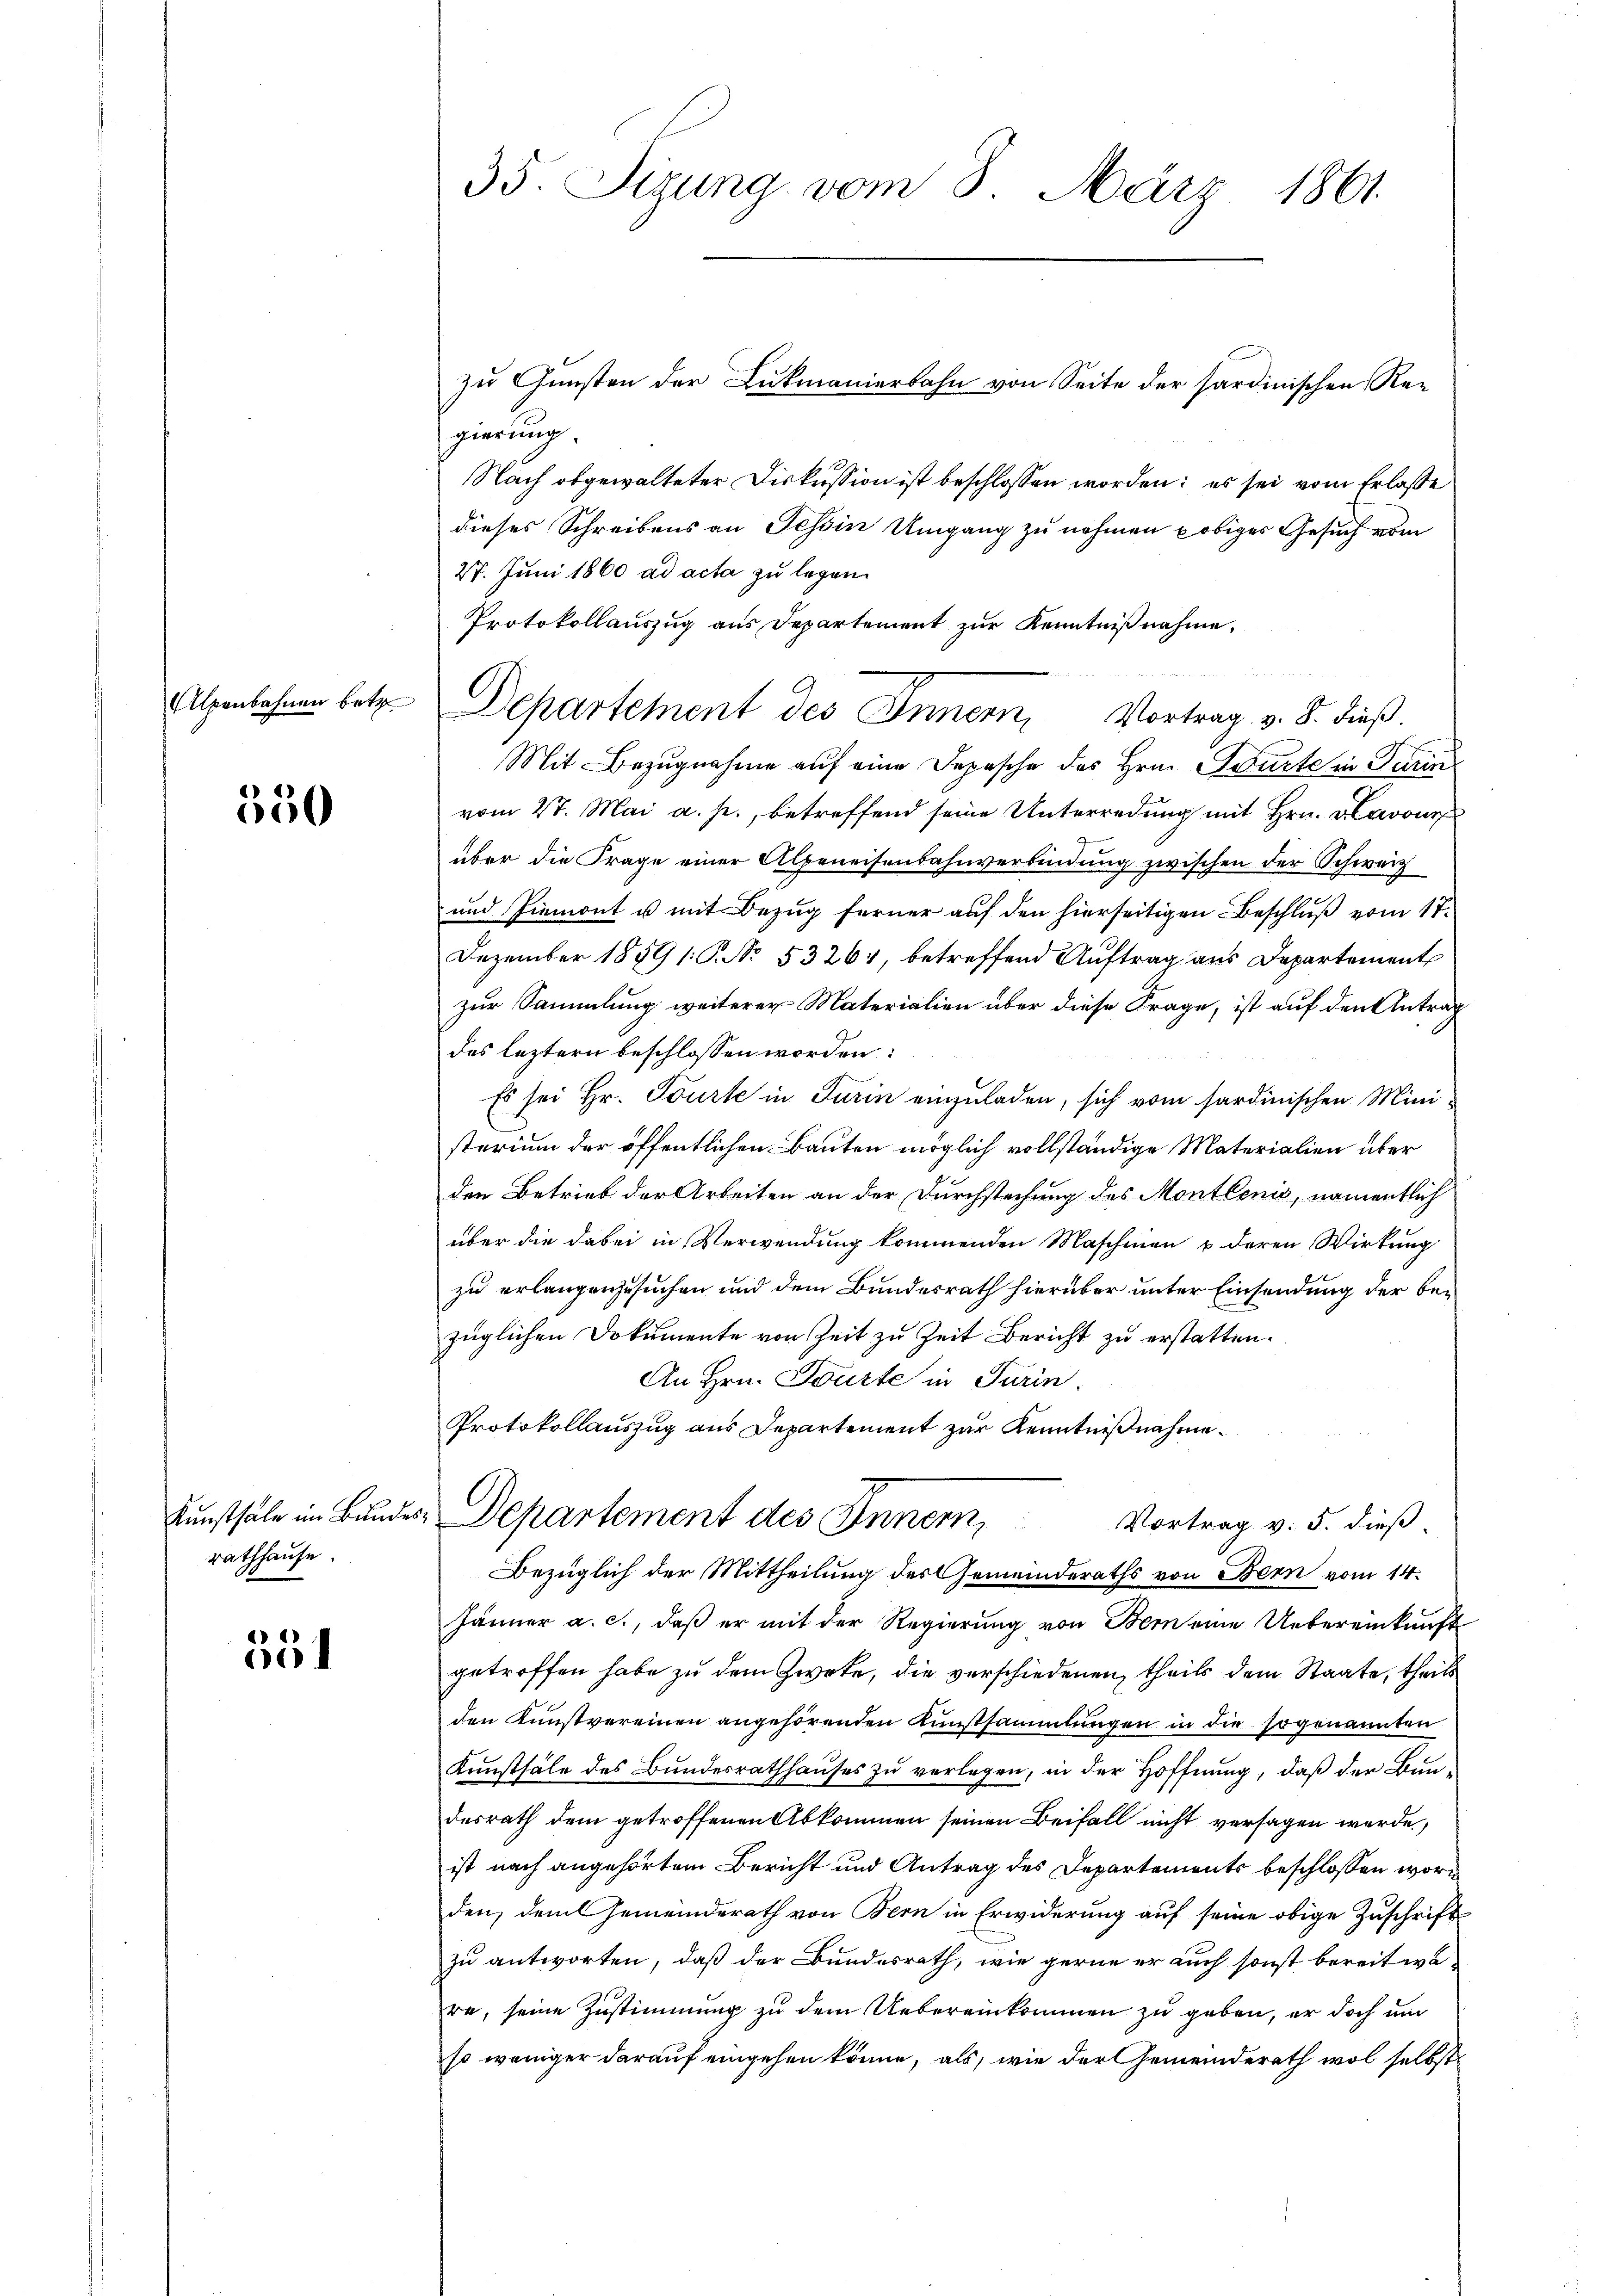
Alpenbahnen betr

550

tunsthale im Bunder
rathhause.

4)
e

35. Sizung vom 8. März 1861.

gierung.
Nach obgewalteter Diskussion ist beschlossen worden; es sei vom Erlasse
dieses Schreibens an Tessin Umgang zu nehmen obiges Gesuch vom
27. Juni 1860 ad acta zu legen.
Protokollauszug aus Departement zur Kenntnißnahme,
Mit Bezugnahme auf eine Depesche des Hrn. Beurte in Turin
vom 2t. Mai a. h., betreffend seine Unterredung mit Hrn. Davonis
über die Frage einer Albereisenbahnverbindung zwischen der Schwerz
und Piemont u mit Bezug ferner auf den hierseitigen Beschluß vom 17.
Dezember 1859 /: P. No. 53261, betreffend Auftrag aus Departement
zur Sammlung weiterer Materialien über diese Frage, ist auf den Antrag
des leztern beschlossen worden:
Es sei Hr. Tourte in Turin einzuladen, sich vom sardinischen Ministerium der öffentlichen Bauten möglich vollständige Materialien über
den Betrieb der Arbeiten an der Durchstechung des Montlenis, namentlich
über die dabei in Verwendung kommenden Maschinen u deren Wirkung
zu erlangenzusuchen und dem Bundesrath hierüber unter Einsendung der bezüglichen Dokumente von Zeit zu Zeit Bericht zu erstatten.
An Hrn. Tourte in Turin.
Protokollauszug aus Departement zur Kenntnißnahme.
Departement des Inner, Vortrag v. 5. dieß
Bezüglich der Mittheilung des Gemeinderaths von Bern vom 14.
Jänner a. c., daß er mit der Regierung von Bern eine Uebereinkunft
getroffen habe zu dem Zwete, die verschiedenen, theils dem Staate, theils
den Kunstvereinen angehörenden Kunstsammlungen in die sogenannten
Kunsthale des Bundesrathhauses zu verlegen, in der Hoffnung, daß der Bundesrath dem getroffenen Abkommen seinen Beifall nicht versagen werde,
ist nach angehörtem Bericht und Antrag des Departements beschlossen worden, dem Gemeinderath von Bern in Erwiderung auf seine obige Zuschrift
zu antworten, daß der Bundesrath, wie gerne er auch sonst bereit we
ra, seine Zustimmung zu dem Uebereinkommen zu geben, er doch um
so weniger darauf eingehen könne, als, wie der Gemeinderath wol selbst

zu Gunsten der Lukmanierbahn von Seite der sardinischen Re-

Departement des Innern, Vortrag v. 8. dieß.